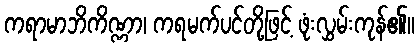
ကရာမာဘိကိဏ္ဏာ၊ ကရမက်ပင်တို့ဖြင့် ဖုံးလွှမ်းကုန်၏။